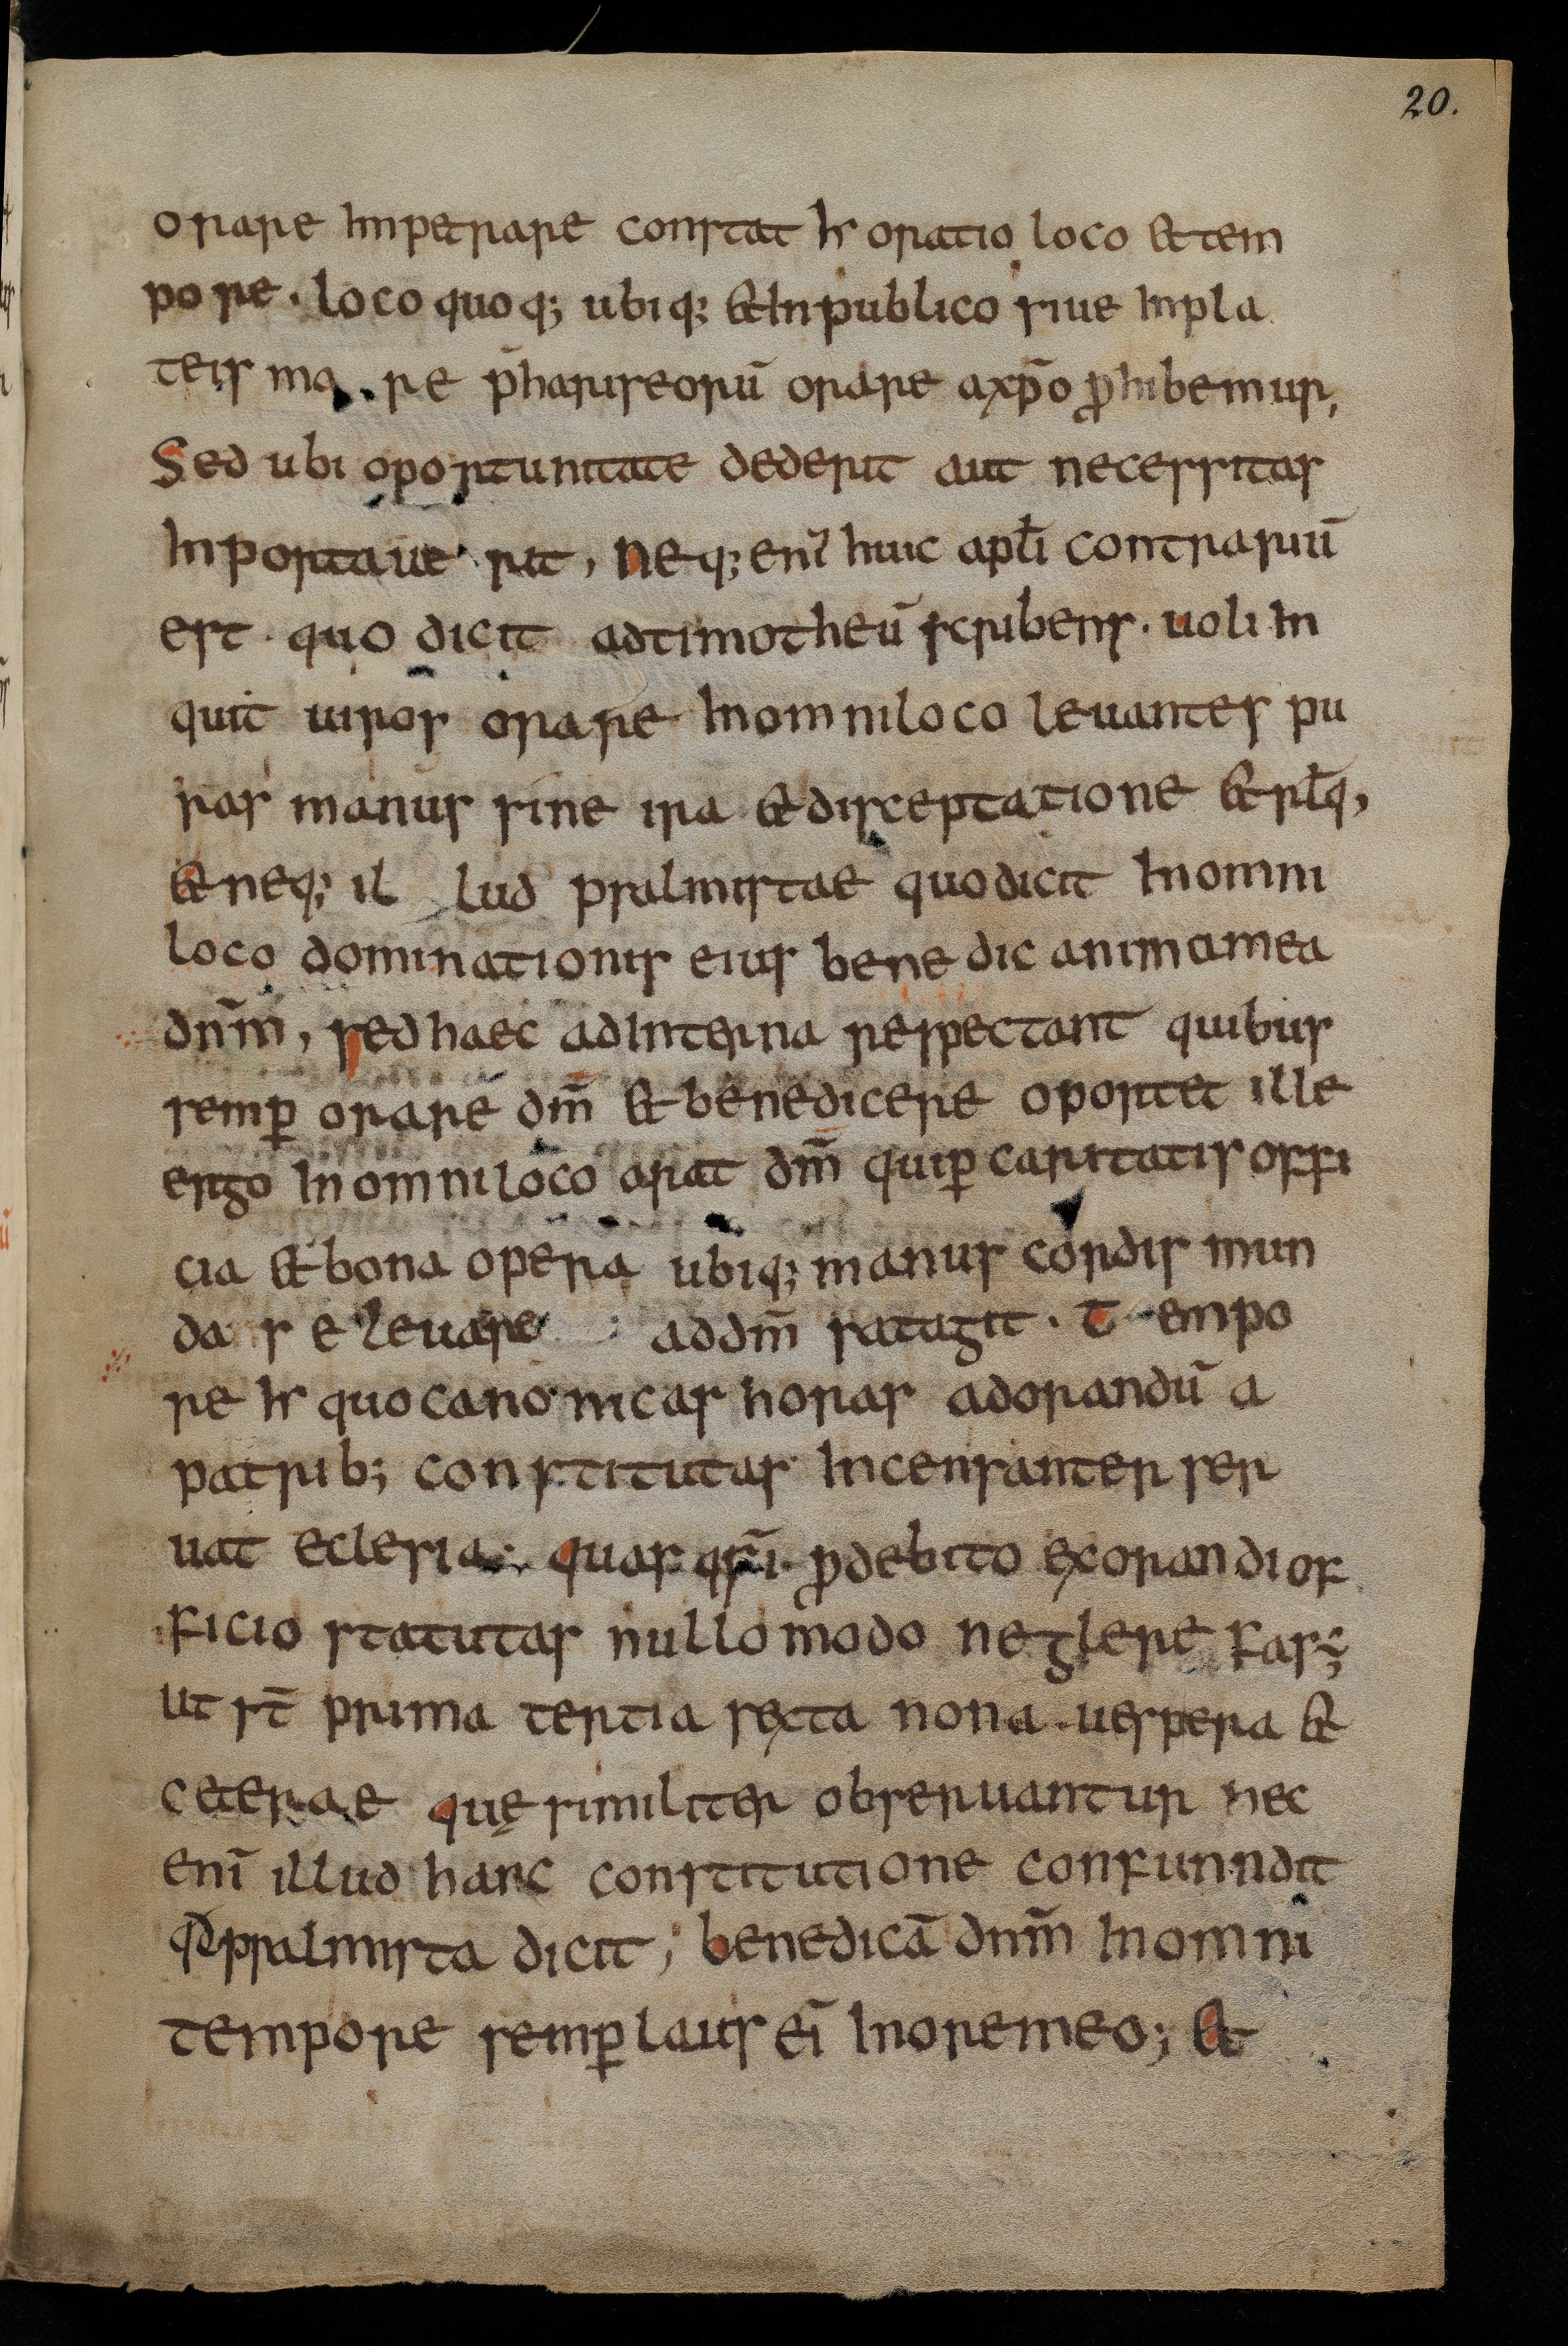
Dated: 800–824